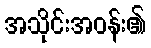
အသိုင်းအဝန်း၏